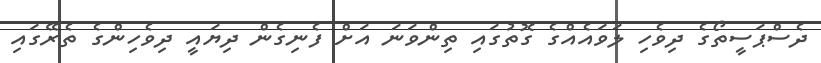
ދެސްޕަސީތޯގެ ދިވެހި ލަވައެއްގެ ގޮތުގައި ތިންވަނަ އަށް ފެނިގެން ދިޔައީ ދިވެހިންގެ ތެރޭގައި